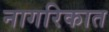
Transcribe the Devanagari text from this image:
नागरिकात